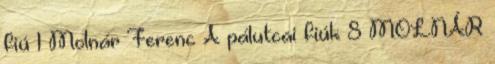
fiú 1 Molnár Ferenc A pálutcai fiúk 8 MOLNÁR